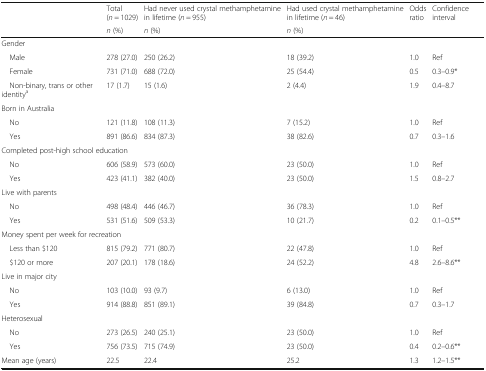
<table><thead><tr><td rowspan="2"></td><td><b>Total (<i>n</i> = 1029)</b></td><td><b>Had never used crystal methamphetamine in lifetime (<i>n</i> = 955)</b></td><td><b>Had used crystal methamphetamine in lifetime (<i>n</i> = 46)</b></td><td><b>Odds ratio</b></td><td><b>Confidence interval</b></td></tr><tr><td><b><i>n</i> (%)</b></td><td><b><i>n</i> (%)</b></td><td><b><i>n</i> (%)</b></td><td></td><td></td></tr></thead><tbody><tr><td colspan="6">Gender</td></tr><tr><td> Male</td><td>278 (27.0)</td><td>250 (26.2)</td><td>18 (39.2)</td><td>1.0</td><td>Ref</td></tr><tr><td> Female</td><td>731 (71.0)</td><td>688 (72.0)</td><td>25 (54.4)</td><td>0.5</td><td>0.3–0.9*</td></tr><tr><td> Non-binary, trans or other identity<sup>a</sup></td><td>17 (1.7)</td><td>15 (1.6)</td><td>2 (4.4)</td><td>1.9</td><td>0.4–8.7</td></tr><tr><td colspan="6">Born in Australia</td></tr><tr><td> No</td><td>121 (11.8)</td><td>108 (11.3)</td><td>7 (15.2)</td><td>1.0</td><td>Ref</td></tr><tr><td> Yes</td><td>891 (86.6)</td><td>834 (87.3)</td><td>38 (82.6)</td><td>0.7</td><td>0.3–1.6</td></tr><tr><td colspan="6">Completed post-high school education</td></tr><tr><td> No</td><td>606 (58.9)</td><td>573 (60.0)</td><td>23 (50.0)</td><td>1.0</td><td>Ref</td></tr><tr><td> Yes</td><td>423 (41.1)</td><td>382 (40.0)</td><td>23 (50.0)</td><td>1.5</td><td>0.8–2.7</td></tr><tr><td colspan="6">Live with parents</td></tr><tr><td> No</td><td>498 (48.4)</td><td>446 (46.7)</td><td>36 (78.3)</td><td>1.0</td><td>Ref</td></tr><tr><td> Yes</td><td>531 (51.6)</td><td>509 (53.3)</td><td>10 (21.7)</td><td>0.2</td><td>0.1–0.5**</td></tr><tr><td colspan="6">Money spent per week for recreation</td></tr><tr><td> Less than $120</td><td>815 (79.2)</td><td>771 (80.7)</td><td>22 (47.8)</td><td>1.0</td><td>Ref</td></tr><tr><td> $120 or more</td><td>207 (20.1)</td><td>178 (18.6)</td><td>24 (52.2)</td><td>4.8</td><td>2.6–8.6**</td></tr><tr><td colspan="6">Live in major city</td></tr><tr><td> No</td><td>103 (10.0)</td><td>93 (9.7)</td><td>6 (13.0)</td><td>1.0</td><td>Ref</td></tr><tr><td> Yes</td><td>914 (88.8)</td><td>851 (89.1)</td><td>39 (84.8)</td><td>0.7</td><td>0.3–1.7</td></tr><tr><td colspan="6">Heterosexual</td></tr><tr><td> No</td><td>273 (26.5)</td><td>240 (25.1)</td><td>23 (50.0)</td><td>1.0</td><td>Ref</td></tr><tr><td> Yes</td><td>756 (73.5)</td><td>715 (74.9)</td><td>23 (50.0)</td><td>0.4</td><td>0.2–0.6**</td></tr><tr><td>Mean age (years)</td><td>22.5</td><td>22.4</td><td>25.2</td><td>1.3</td><td>1.2–1.5**</td></tr></tbody></table>